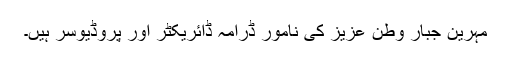
مہرین جبار وطن عزیز کی نامور ڈرامہ ڈائریکٹر اور پروڈیوسر ہیں۔